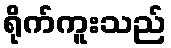
ရိုက်ကူးသည်